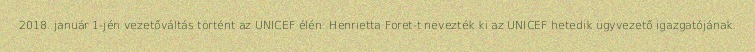
2018. január 1-jén vezetőváltás történt az UNICEF élén: Henrietta Foret-t nevezték ki az UNICEF hetedik ügyvezető igazgatójának.